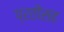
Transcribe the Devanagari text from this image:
प्रतीसह